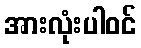
အားလုံးပါဝင်